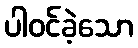
ပါဝင်ခဲ့သော